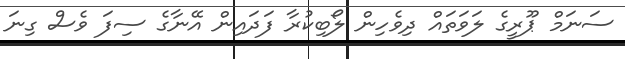
ސަނަމް ޕޫރީގެ ލަވަތައް ދިވެހިން ލޯބިކުރާ ފަދައިން އޭނާގެ ސިފަ ވެސް ގިނަ